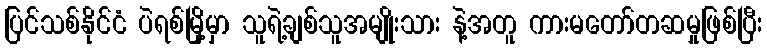
ပြင်သစ်နိုင်ငံ ပဲရစ်မြို့မှာ သူရဲ့ချစ်သူအမျိုးသား နဲ့အတူ ကားမတော်တဆမှုဖြစ်ပြီး